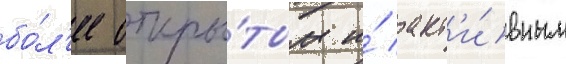
бо́л'ее откры́тым и́ акт'и́вным